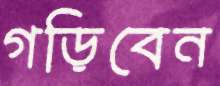
গড়িবেন